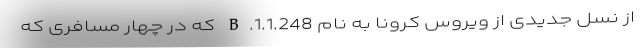
از نسل جدیدی از ویروس کرونا به نام B.1.1.248 که در چهار مسافری که